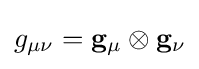
g_{\mu \nu }=\mathbf {g} _{\mu }\otimes \mathbf {g} _{\nu }